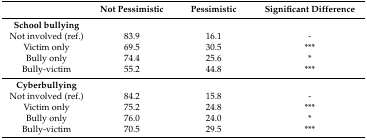
<table><thead><tr><td>[EMPTY_CELL]</td><td><b>Not Pessimistic</b></td><td><b>Pessimistic</b></td><td><b>Significant Difference</b></td></tr></thead><tbody><tr><td><b>School bullying</b></td><td>[EMPTY_CELL]</td><td>[EMPTY_CELL]</td><td>[EMPTY_CELL]</td></tr><tr><td>Not involved (ref.)</td><td>83.9</td><td>16.1</td><td>-</td></tr><tr><td>Victim only</td><td>69.5</td><td>30.5</td><td>***</td></tr><tr><td>Bully only</td><td>74.4</td><td>25.6</td><td>*</td></tr><tr><td>Bully-victim</td><td>55.2 </td><td>44.8</td><td>***</td></tr><tr><td><b>Cyberbullying</b></td><td>[EMPTY_CELL]</td><td>[EMPTY_CELL]</td><td>[EMPTY_CELL]</td></tr><tr><td>Not involved (ref.)</td><td>84.2</td><td>15.8</td><td>-</td></tr><tr><td>Victim only</td><td>75.2</td><td>24.8</td><td>***</td></tr><tr><td>Bully only</td><td>76.0</td><td>24.0</td><td>*</td></tr><tr><td>Bully-victim</td><td>70.5 </td><td>29.5</td><td>***</td></tr></tbody></table>